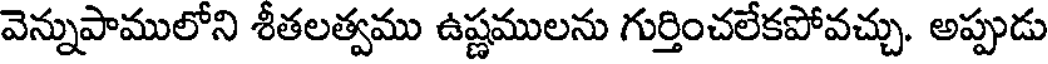
వెన్నుపాములోని శీతలత్వము ఉష్ణములను గుర్తించలేకపోవచ్చు. అప్పుడు